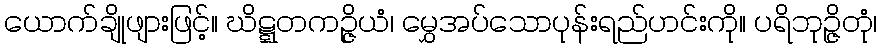
ယောက်ချိုဖျားဖြင့်။ ဃိဋ္ဋတကဉ္ဇိယံ၊ မွှေအပ်သောပုန်းရည်ဟင်းကို။ ပရိဘုဉ္ဇိတုံ၊